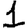
Digit: 1